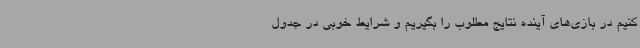
کنیم در بازی‌های آینده نتایج مطلوب را بگیریم و شرایط خوبی در جدول